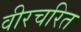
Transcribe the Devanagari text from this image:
वीरचरित